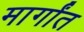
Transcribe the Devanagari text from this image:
मार्गांत